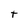
Character: t